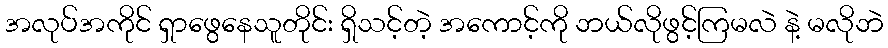
အလုပ်အကိုင် ရှာဖွေနေသူတိုင်း ရှိသင့်တဲ့ အကောင့်ကို ဘယ်လိုဖွင့်ကြမလဲ နဲ့ မလိုဘဲ